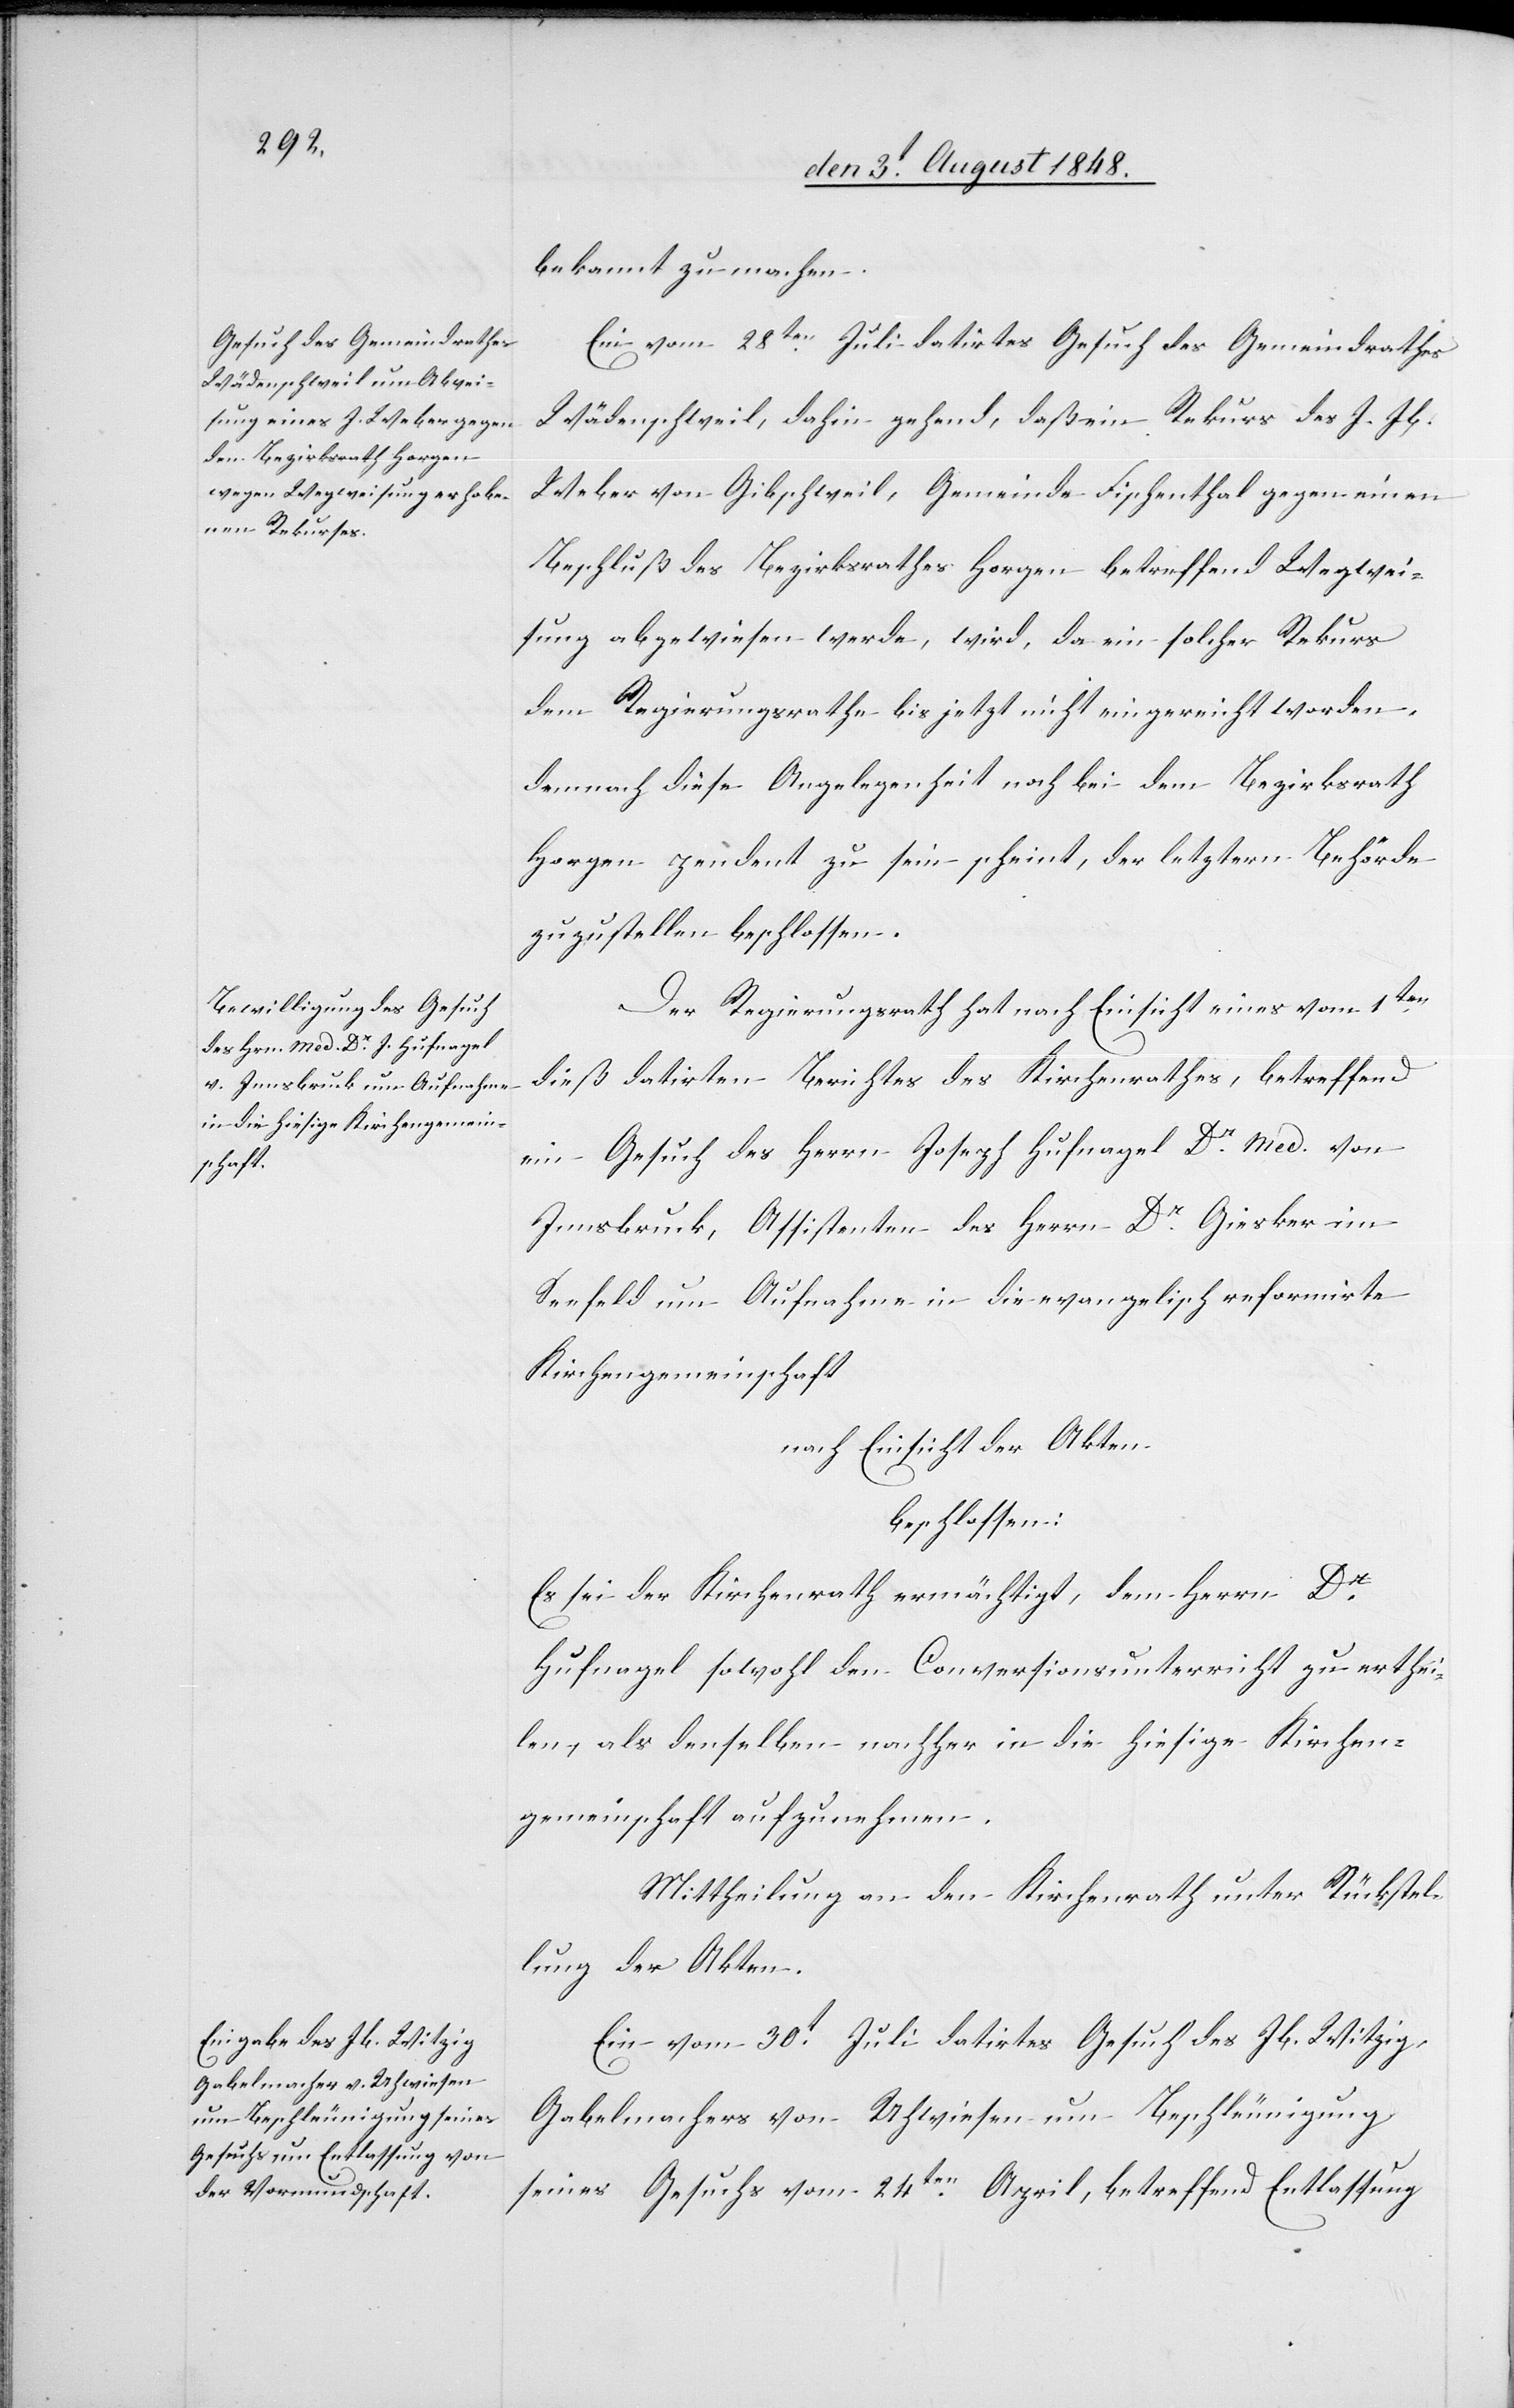
bekannt zu machen.
Ein vom 28ten datirtes Gesuch des Gemeindrathes
Wädenschweil, dahin gehend, daß ein Rekurs des J. Jb.
Weber von Gibschweil, Gemeinde Fischenthal gegen einen
Beschluß des Bezirksrathes Horgen betreffend Wegwei¬
sung abgewiesen werde, wird, da ein solcher Rekurs
dem Regierungsrathe bis jetzt nicht eingereicht worden,
demnach diese Angelegenheit noch bei dem Bezirksrath
Horgen pendent zu sein scheint, der letztern Behörde
zuzustellen beschlossen.
Der Regierungsrath hat nach Einsicht eines vom 1ten
dieß datirten Berichtes des Kirchenrathes, betreffend
ein Gesuch des Herrn Joseph Hufnagel Dr med. von
Innsbruck, Assistenten des Herrn Dr Giesker im
Seefeld um Aufnahme in die evangelisch reformirte
Kirchengemeinschaft
nach Einsicht der Akten
beschlossen:
Es sei der Kirchenrath ermächtigt, dem Herrn Dr
Hufnagel sowohl den Conversionsunterricht zu erthei¬
len, als denselben nachher in die hiesige Kirchen¬
gemeinschaft aufzunehmen.
Mittheilung an den Kirchenrath unter Rückstel¬
lung der Akten.
Ein vom 30t Juli datirtes Gesuch des Jb. Witzig,
Gabelmacher von Uhwiesen um Beschleunigung
seines Gesuchs vom 24ten April, betreffend Entlassung